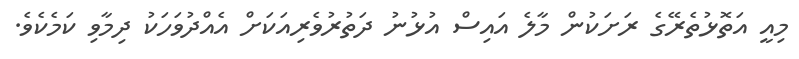
މިއީ އަތޮޅުތެރޭގެ ރަށަކުން މާލެ އައިސް އުޅުނު ދަތުރުވެރިއަކަށް އެއްދުވަހަކު ދިމާވި ކަމެކެވެ.